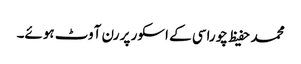
محمد حفیظ چوراسی کے اسکور پر رن آوٹ ہوئے۔